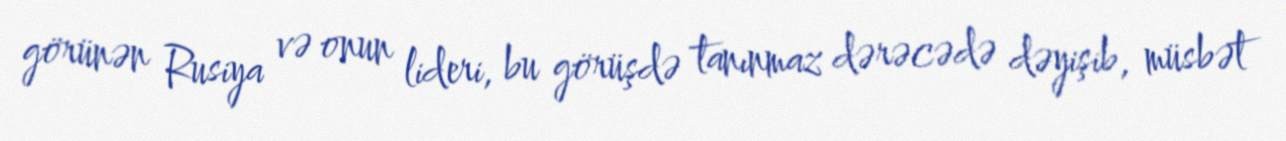
görünən Rusiya və onun lideri, bu görüşdə tanınmaz dərəcədə dəyişib, müsbət